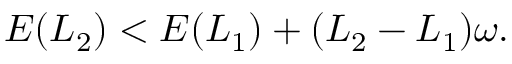
\begin{array} { r } { E ( L _ { 2 } ) < E ( L _ { 1 } ) + ( L _ { 2 } - L _ { 1 } ) \omega . } \end{array}